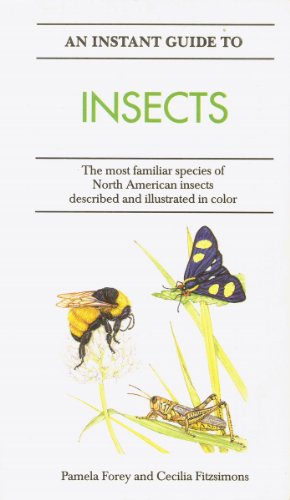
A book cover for An Instant Guide to Insects: The Most Familiar Species of North American Insects Described and Illustrated in Color; Pamela Forey; Sports & Outdoors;